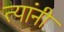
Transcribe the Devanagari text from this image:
त्‍यांंनी